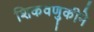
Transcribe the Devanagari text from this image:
शिकवणुकीने